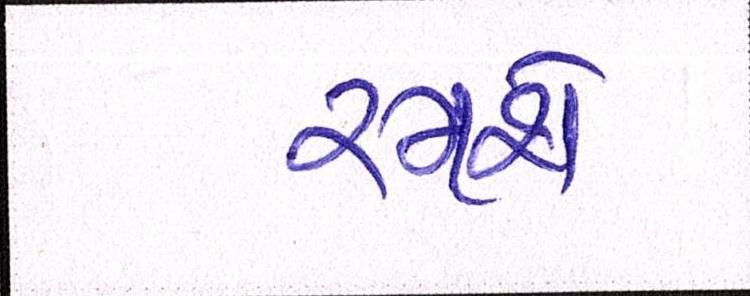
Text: રમશે